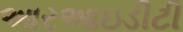
આરઆઇડીટી